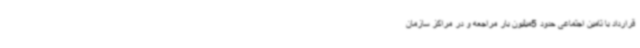
قرارداد با تامین اجتماعی حدود 5میلیون بار مراجعه و در مراکز سازمان